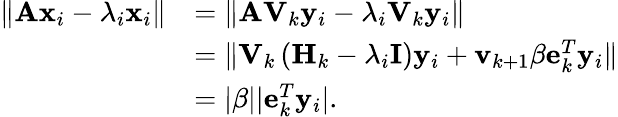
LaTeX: \begin{array}{rl}{\| \mathbf{Ax}_{i}-\lambda_{i}\mathbf{x}_{i}\| }&{=\| \mathbf{AV}_{k}\mathbf{y}_{i}-\lambda_{i}\mathbf{V}_{k}\mathbf{y}_{i}\| }\\ &{=\| \mathbf{V}_{k}\left(\mathbf{H}_{k}-\lambda_{i}\mathbf{I}\right)\mathbf{y}_{i}+\mathbf{v}_{k+1}\beta\mathbf{e}_{k}^{T}\mathbf{y}_{i}\| }\\ &{=\vert\beta\vert\vert\mathbf{e}_{k}^{T}\mathbf{y}_{i}\vert.}\end{array}